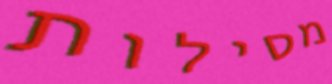
מסילות